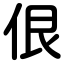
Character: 佷